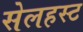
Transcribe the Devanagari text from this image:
सेलहस्ट